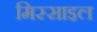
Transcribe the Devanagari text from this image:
मिस्साइल